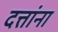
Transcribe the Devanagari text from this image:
दत्तांना